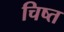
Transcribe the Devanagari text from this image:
चिष्त